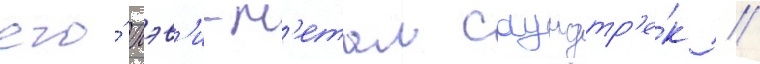
его́ хэв'и-м'етал саундтр'е́к //